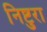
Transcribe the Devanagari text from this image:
निष्टुरा